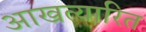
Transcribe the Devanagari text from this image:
आखत्यारित